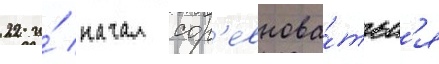
22 и́ начал сор'евнова́тьс'я